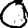
Digit: 0